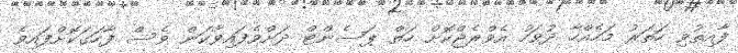
ފާއިތުވި ހަތަރު މަހެއްހާ ދުވަހު އެވްރެޖްކޮށް ހަތް ޕަސެންޓް ދަށްވެފައިވާކަން ވެސް ފާހަގަކޮށްފައިވެ